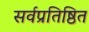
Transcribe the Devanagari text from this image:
सर्वप्रतिष्ठित